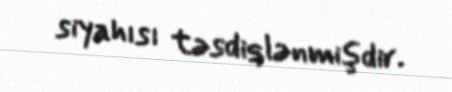
siyahısı təsdiqlənmişdir.